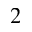
^ 2